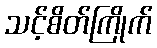
သင့်စိတ်ကြိုက်